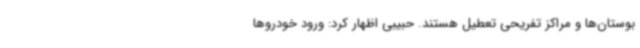
بوستان‌ها و مراکز تفریحی تعطیل هستند. حبیبی اظهار کرد: ورود خودروها